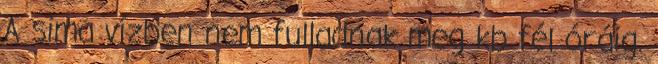
A sima vízben nem fulladnak meg kb fél óráig.